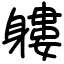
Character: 軁